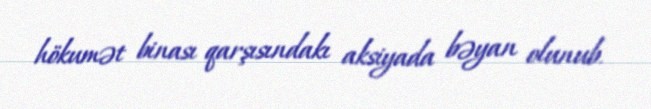
hökumət binası qarşısındakı aksiyada bəyan olunub.